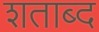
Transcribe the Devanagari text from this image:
शताब्द